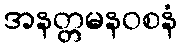
အနတ္တမနဝစနံ